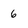
Character: 6